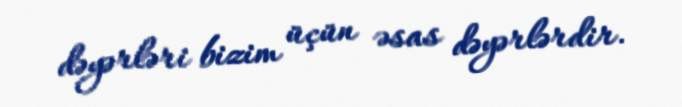
dəyərləri bizim üçün əsas dəyərlərdir.